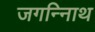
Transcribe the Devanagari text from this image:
जगन्नािथ